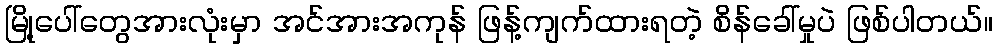
မြို့ပေါ်တွေအားလုံးမှာ အင်အားအကုန် ဖြန့်ကျက်ထားရတဲ့ စိန်ခေါ်မှုပဲ ဖြစ်ပါတယ်။